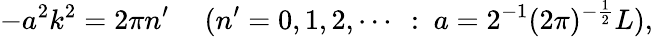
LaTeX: -a^{2}k^{2}=2\pi n^{\prime}~~~~~(n^{\prime}=0,1,2,\cdots~:~a=2^{-1}(2\pi)^{-\frac{1}{2}}L),